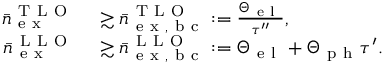
\begin{array} { r l } { \bar { n } _ { \mathrm { ~ e ~ x ~ } } ^ { \mathrm { ~ T ~ L ~ O ~ } } } & { { } \gtrsim \bar { n } _ { \mathrm { ~ e ~ x ~ , ~ b ~ c ~ } } ^ { \mathrm { ~ T ~ L ~ O ~ } } : = \frac { \Theta _ { \mathrm { ~ e ~ l ~ } } } { \tau ^ { \prime \prime } } , } \\ { \bar { n } _ { \mathrm { ~ e ~ x ~ } } ^ { \mathrm { ~ L ~ L ~ O ~ } } } & { { } \gtrsim \bar { n } _ { \mathrm { ~ e ~ x ~ , ~ b ~ c ~ } } ^ { \mathrm { ~ L ~ L ~ O ~ } } : = \Theta _ { \mathrm { ~ e ~ l ~ } } + \Theta _ { \mathrm { ~ p ~ h ~ } } \tau ^ { \prime } . } \end{array}